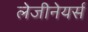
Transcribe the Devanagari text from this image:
लेजीनेयर्स